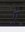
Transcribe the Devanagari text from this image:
ए़